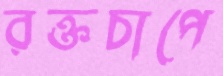
রক্তচাপে